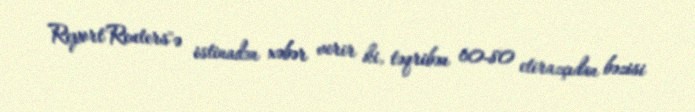
Report"Reuters"ə istinadən xəbər verir ki, təqribən 60-80 etirazçıdan bəzisi